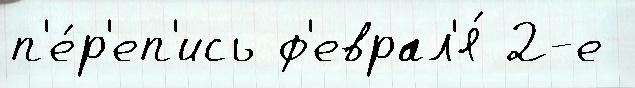
п'е́р'еп'ись ф'еврал'я́ 2-е